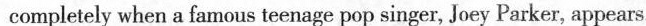
completely when a famous teenage pop singer, Joey Parker, appears.